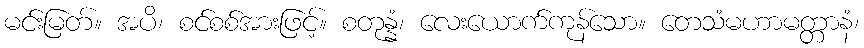
မင်းမြတ်။ အပိ၊ စင်စစ်အားဖြင့်။ စတုန္နံ၊ လေးယောက်ကုန်သော။ တေသံမဟာမတ္တာနံ၊